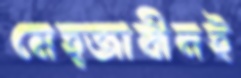
মেহ্জাবীনই